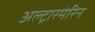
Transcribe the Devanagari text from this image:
अल्ट्रारमेरिन